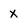
Character: X